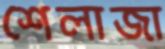
শৈলাজা